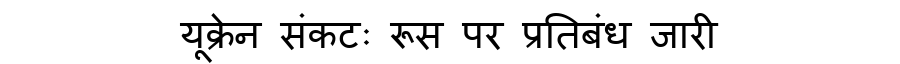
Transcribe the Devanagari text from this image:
यूक्रेन संकटः रूस पर प्रतिबंध जारी